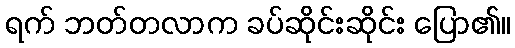
ရက် ဘတ်တလာက ခပ်ဆိုင်းဆိုင်း ပြော၏။